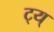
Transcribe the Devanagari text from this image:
ट्य्